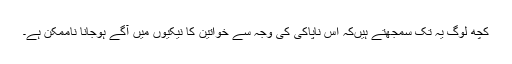
کچھ لوگ یہ تک سمجھتے ہیں‌کہ اس ناپاکی کی وجہ سے خواتین کا نیکیوں‌ میں‌ آگے ہوجانا ناممکن ہے۔